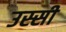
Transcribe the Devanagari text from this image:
उस्सी